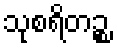
သုစရိတဉ္စ